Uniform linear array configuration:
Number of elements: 4
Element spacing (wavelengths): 0.75
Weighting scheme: binomial
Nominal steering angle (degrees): -45
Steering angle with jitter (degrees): -44.367
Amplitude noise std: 0.05
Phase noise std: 0.05

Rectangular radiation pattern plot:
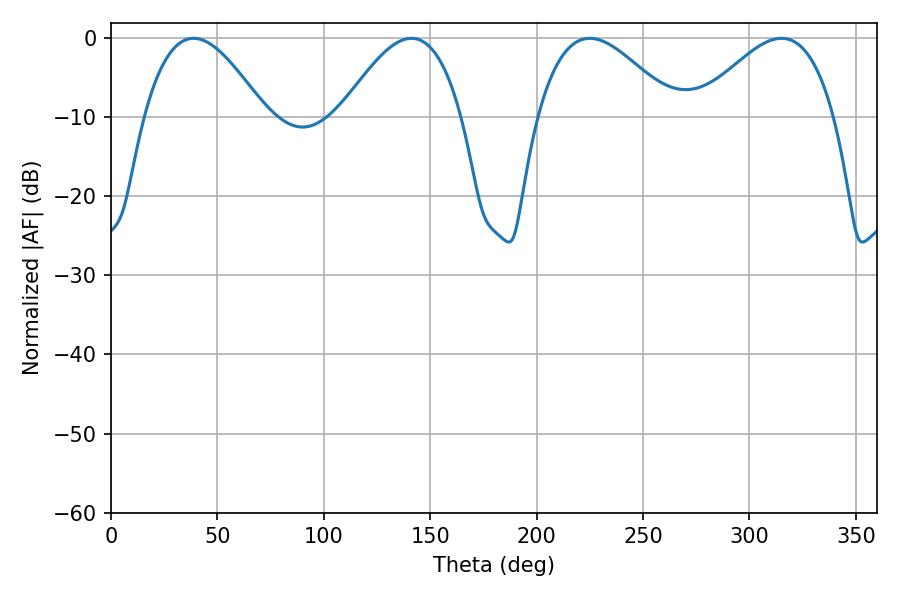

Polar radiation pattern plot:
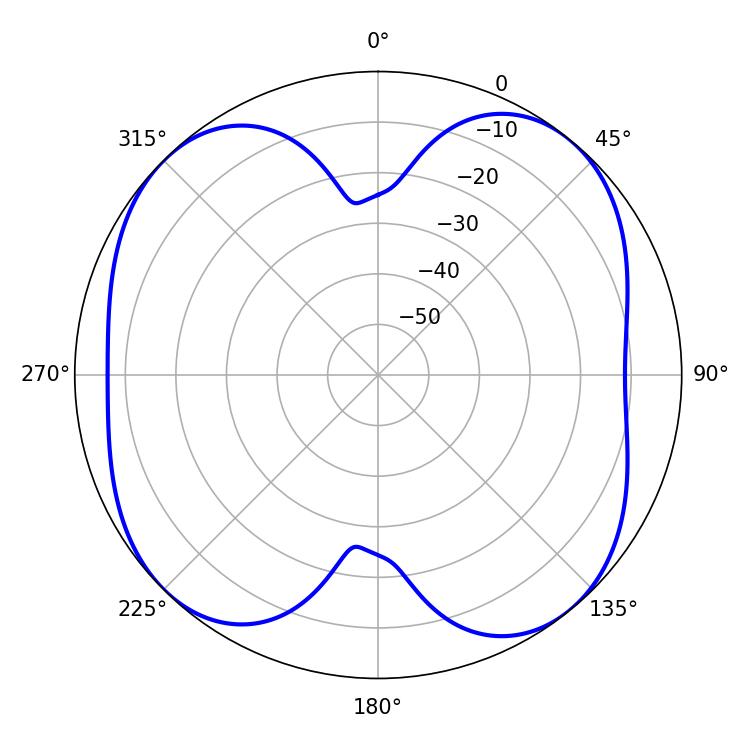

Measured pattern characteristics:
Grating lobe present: TRUE
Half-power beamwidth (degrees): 34.92
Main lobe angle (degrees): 225